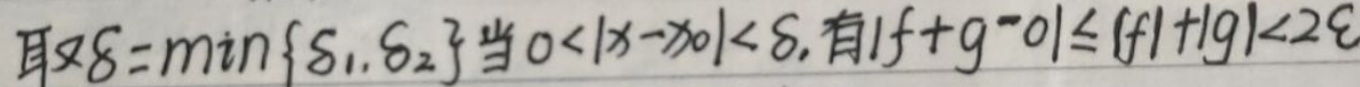
取$\delta=\min\{\delta_1,\delta_2\}$当$0 < |x - x_0| < \delta$, 有$|f + g - 0| \leq |f|+|g| < 2\varepsilon$